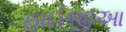
હાઈજીઆ